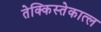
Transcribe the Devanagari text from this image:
तेक्किस्तेकात्ल